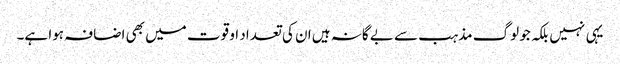
یہی نہیں بلکہ جو لوگ مذہب سے بے گانہ ہیں ان کی تعداد او قوت میں بھی اضافہ ہوا ہے۔